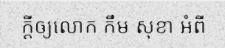
ក្តីឲ្យលោក កឹម សុខា អំពី